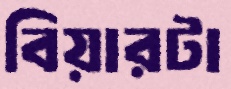
বিয়ারটা